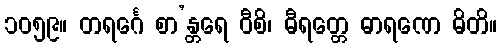
၁၀၅၉။ တရင်္ဂေ စာ’န္တရေ ဝီစိ၊ ဓီရတ္တေ ဓာရဏေ ဓိတိ။